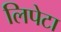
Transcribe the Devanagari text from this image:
लिपेटा